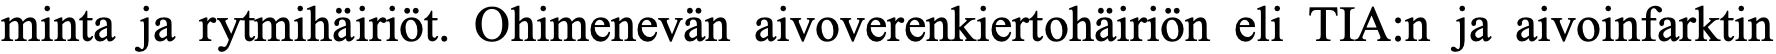
minta ja rytmihäiriöt. Ohimenevän aivoverenkiertohäiriön eli TIA:n ja aivoinfarktin